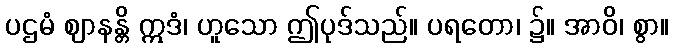
ပဌမံ ဈာနန္တိ ဣဒံ၊ ဟူသော ဤပုဒ်သည်။ ပရတော၊ ၌။ အာဝိ၊ စွာ။